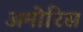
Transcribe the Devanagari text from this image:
अमोरिस